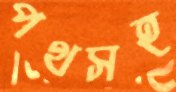
পথসহ